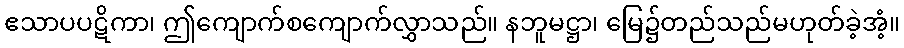
ဧသာပပဋိကာ၊ ဤကျောက်စကျောက်လွှာသည်။ နဘူမဋ္ဌာ၊ မြေ၌တည်သည်မဟုတ်ခဲ့အံ့။